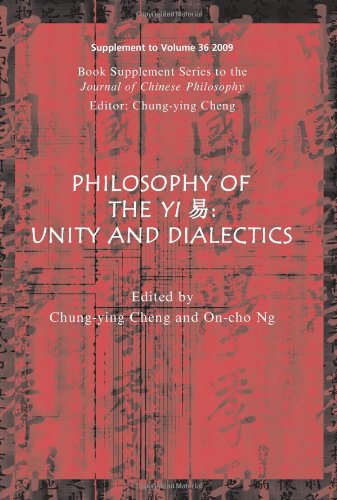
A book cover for Philosophy of the Yi: Unity and Dialectics; Religion & Spirituality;